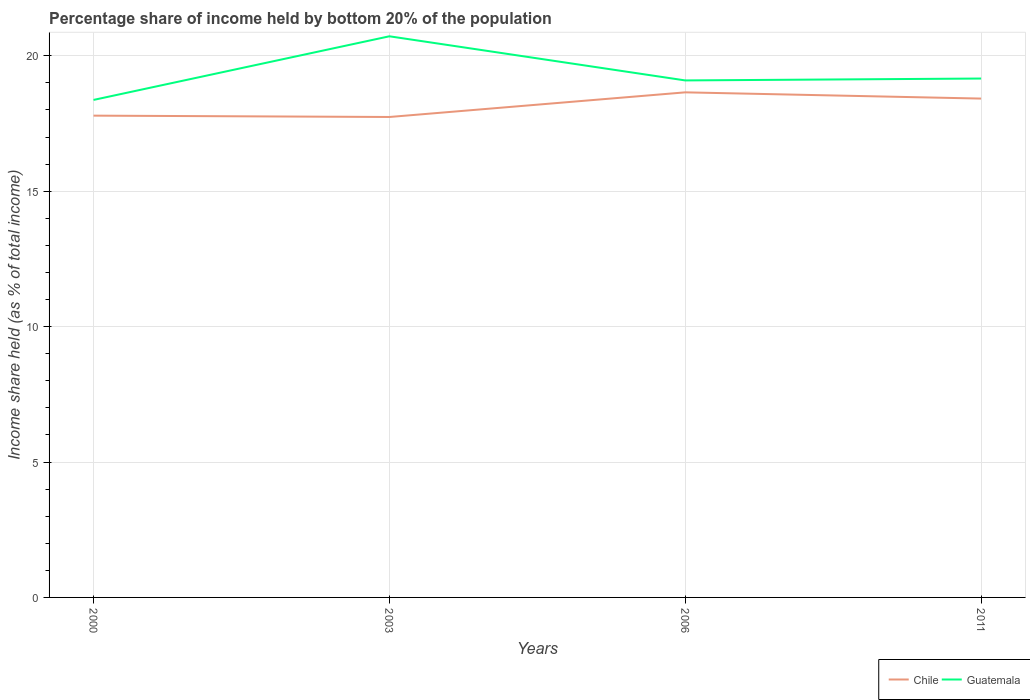
| Years | Chile | Guatemala |
 | --- | --- | --- |
 | 2000 | 17.8 | 18.4 |
 | 2003 | 17.7 | 20.7 |
 | 2006 | 18.6 | 19.1 |
 | 2011 | 18.4 | 19.2 |